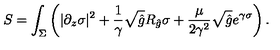
S = \int _ { \Sigma } \left( | \partial _ { z } \sigma | ^ { 2 } + { \frac { 1 } { \gamma } } \sqrt { \hat { g } } R _ { \hat { g } } \sigma + { \frac { \mu } { 2 \gamma ^ { 2 } } } \sqrt { \hat { g } } e ^ { \gamma \sigma } \right) .